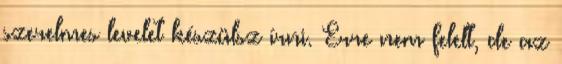
szerelmes levelet készülsz írni. Erre nem felelt, de az